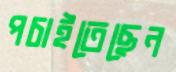
পচাইতেছেন